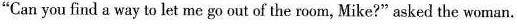
"Can you find a way to let me go out of the room, Mike?"asked the woman.